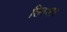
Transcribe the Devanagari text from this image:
शिवभार